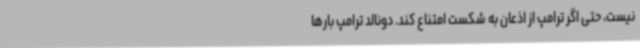
نیست، حتی اگر ترامپ از اذعان به شکست امتناع کند. دونالد ترامپ بارها